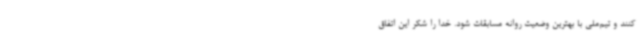
کنند و تیم‌ملی با بهترین وضعیت روانه مسابقات شود. خدا را شکر این اتفاق